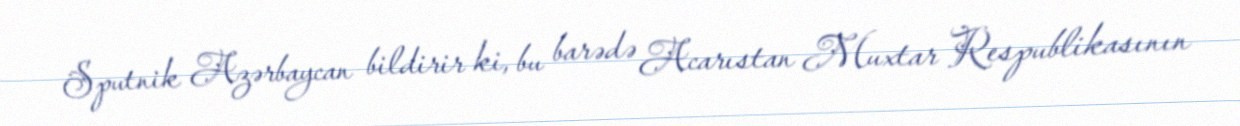
Sputnik Azərbaycan bildirir ki, bu barədə Acarıstan Muxtar Respublikasının